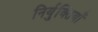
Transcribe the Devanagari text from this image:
निर्युक्तियाँ